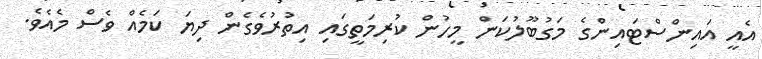
އެއީ އައިންސްޓައިންގެ މަގުބޫލުކަން މީހުން ކުރިމަތީގައި އިތުރުވެގެން ދިޔަ ކަމެއް ވެސް މެއެވެ.